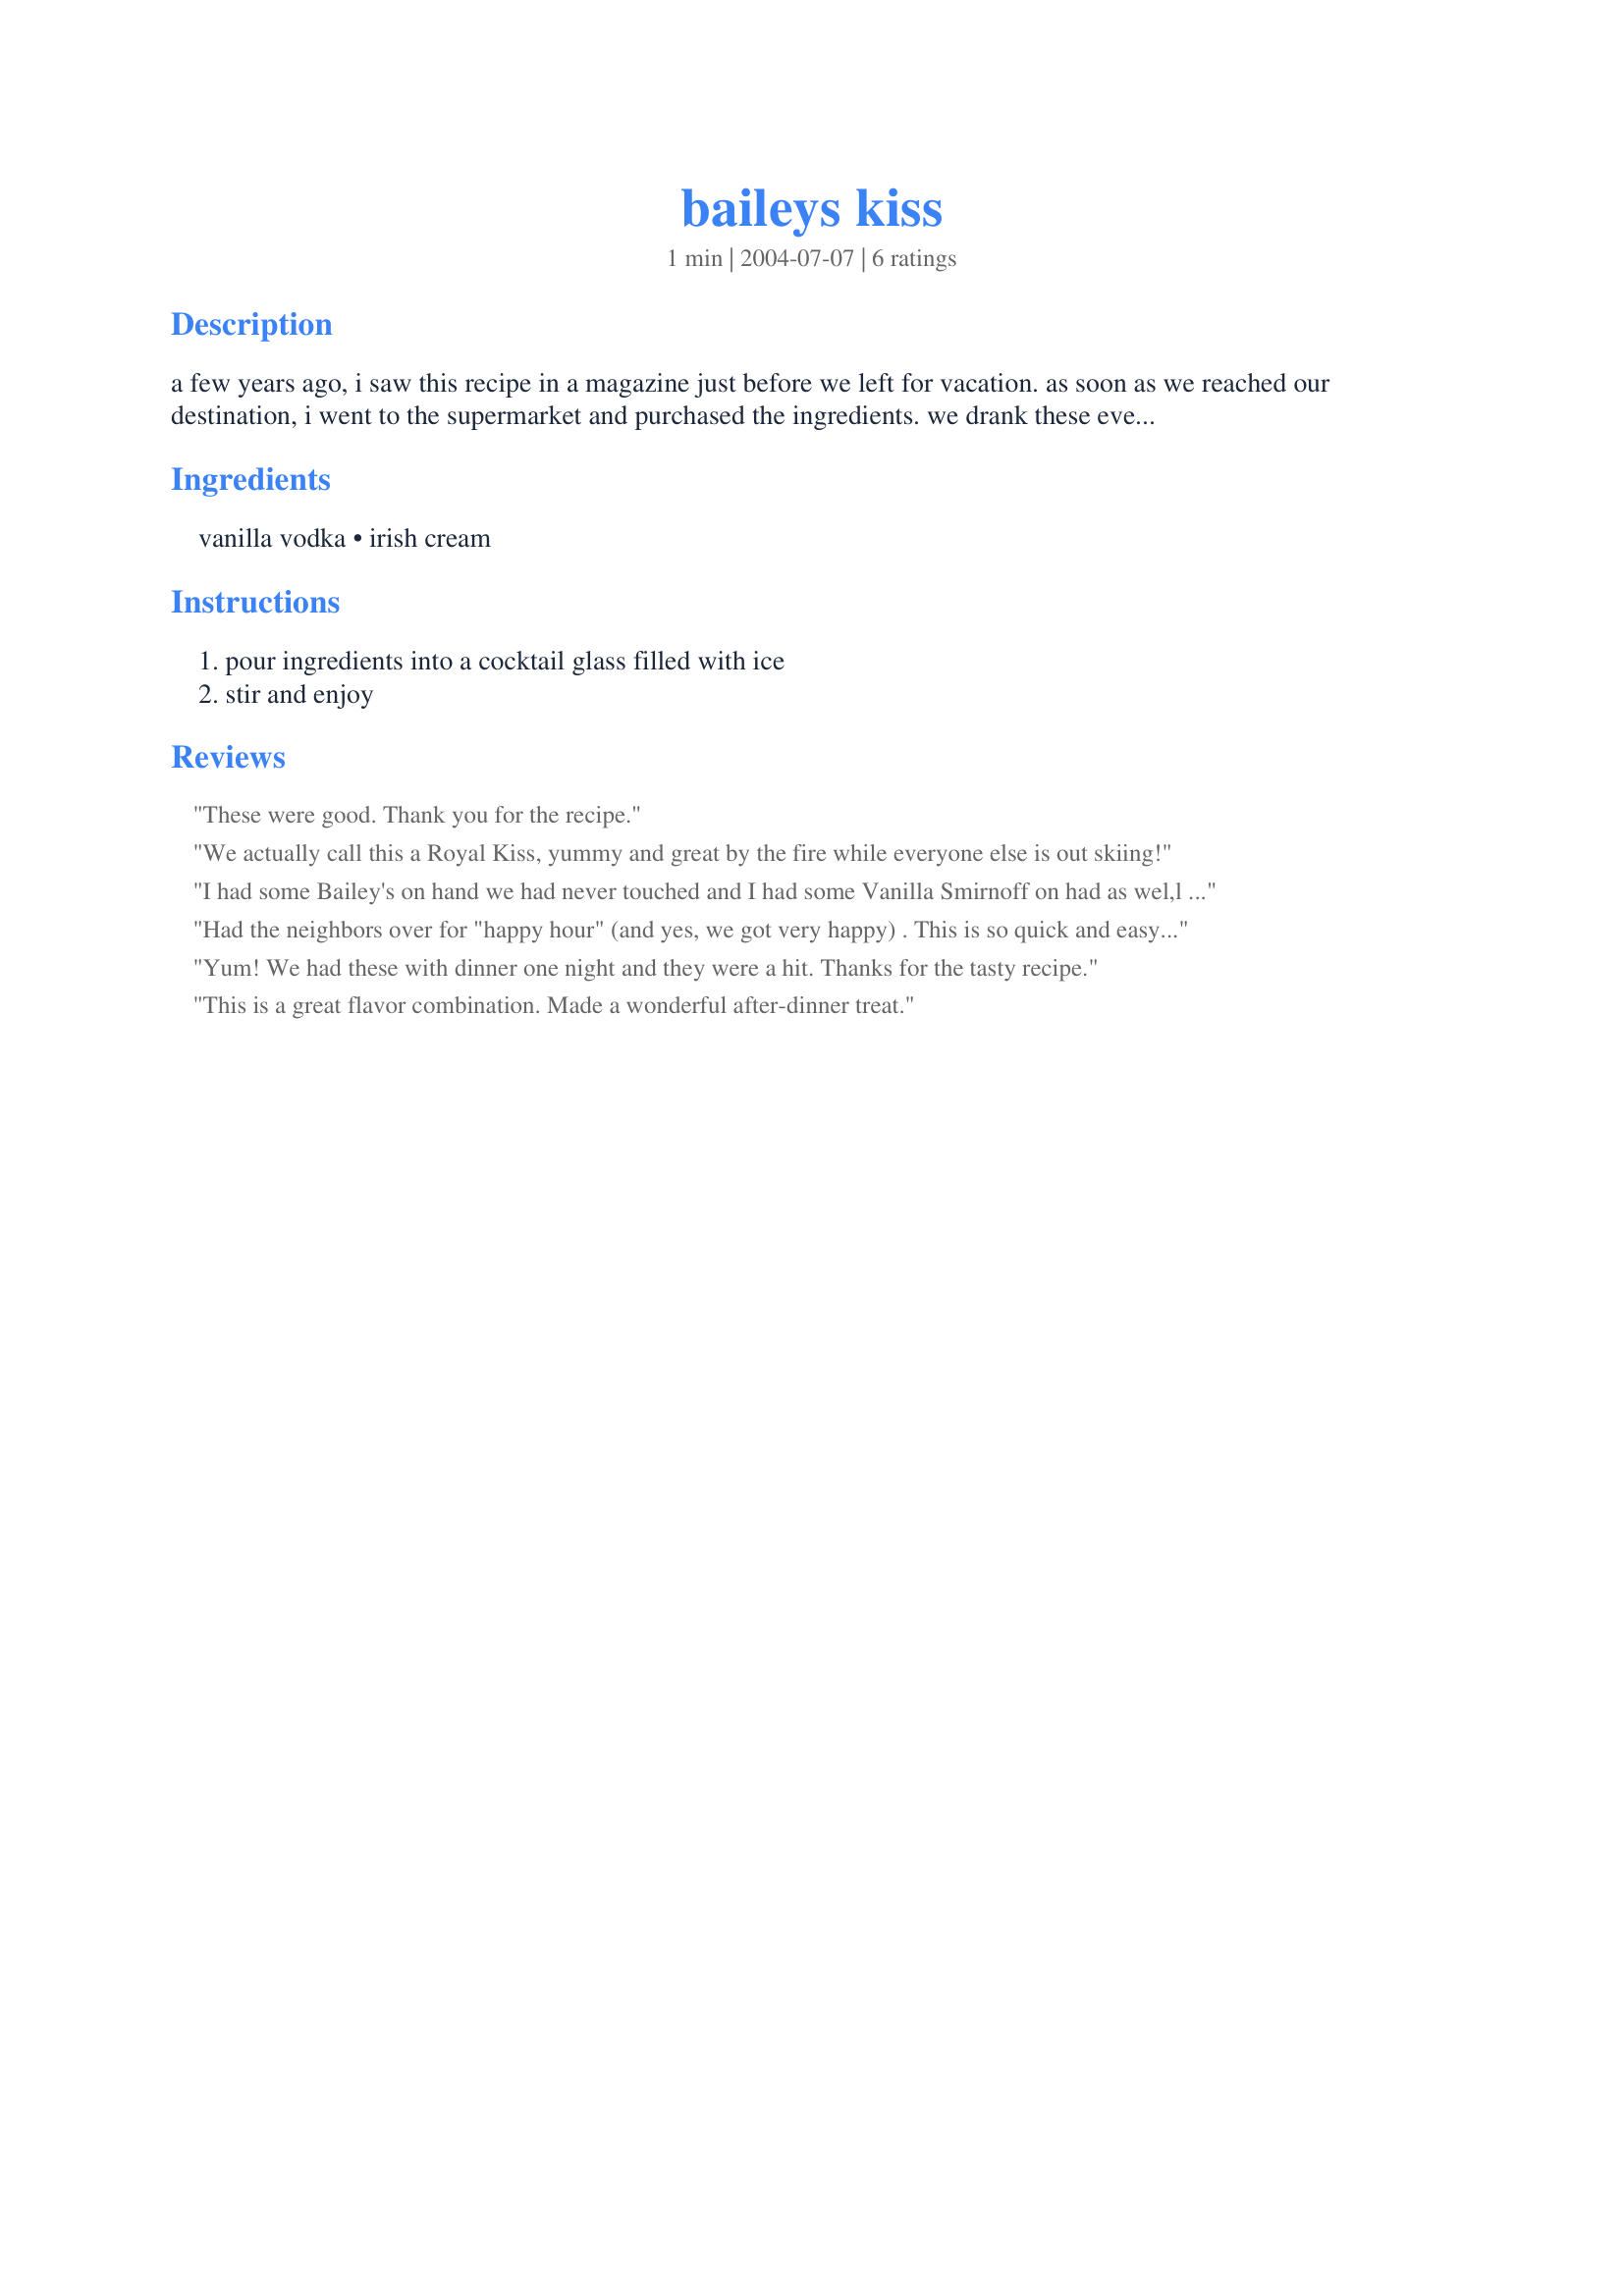
baileys kiss
Preparation time: 1 minutes

a few years ago, i saw this recipe in a magazine just before we left for vacation. as soon as we reached our destination, i went to the supermarket and purchased the ingredients. we drank these every day of vacation. that was the best vacation ever!

Ingredients:
vanilla vodka, irish cream

Steps:
pour ingredients into a cocktail glass filled with ice, stir and enjoy

Reviews:
These were good. Thank you for the recipe.
We actually call this a Royal Kiss, yummy and great by the fire while everyone else is out skiing!
I had some Bailey's on hand we had never touched and I had some Vanilla Smirnoff on had as wel,l so I decided to give this a try. They worded very well together. Good stuff!
Had the neighbors over for "happy hour" (and yes, we got very happy) . This is so quick and easy to make and oh so good. I always have vanilla vodka and Bailey's on hand. Never thought of putting them together....YUMMY! Thanks for making our happy hour so HAPPY, Ginny Sue.
Yum! We had these with dinner one night and they were a hit. Thanks for the tasty recipe.
This is a great flavor combination. Made a wonderful after-dinner treat.
